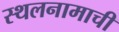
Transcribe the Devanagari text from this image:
स्थलनामाची